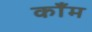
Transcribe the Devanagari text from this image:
काँम